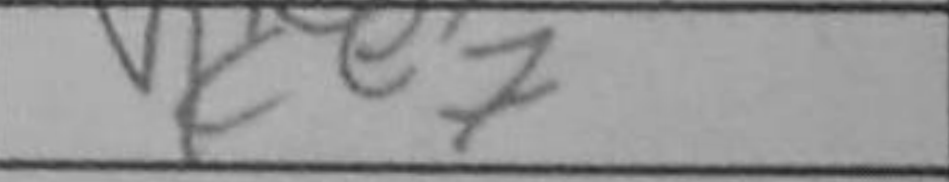
Transcription: Ke7